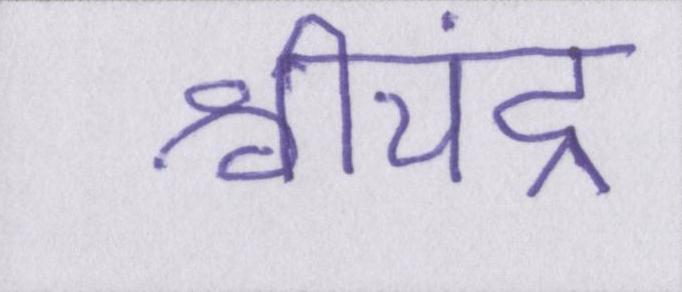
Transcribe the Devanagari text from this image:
श्रीचंद्र